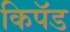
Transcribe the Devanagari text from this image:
किपॅड